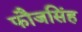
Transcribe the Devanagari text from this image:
फौजसिंह